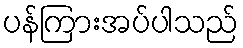
ပန်ကြားအပ်ပါသည်